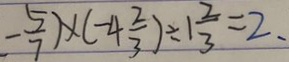
- \frac { 5 } { 7 } ) \times ( - 4 \frac { 2 } { 3 } ) \div 1 \frac { 2 } { 3 } = 2 .